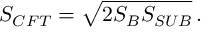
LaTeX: S _ { C F T } = \sqrt { 2 S _ { B } S _ { S U B } } \, .